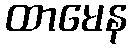
ထာမေန